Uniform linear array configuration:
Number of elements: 64
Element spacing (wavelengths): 0.25
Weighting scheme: uniform
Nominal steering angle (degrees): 30
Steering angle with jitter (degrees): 31.076
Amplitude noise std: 0.05
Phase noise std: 0.05

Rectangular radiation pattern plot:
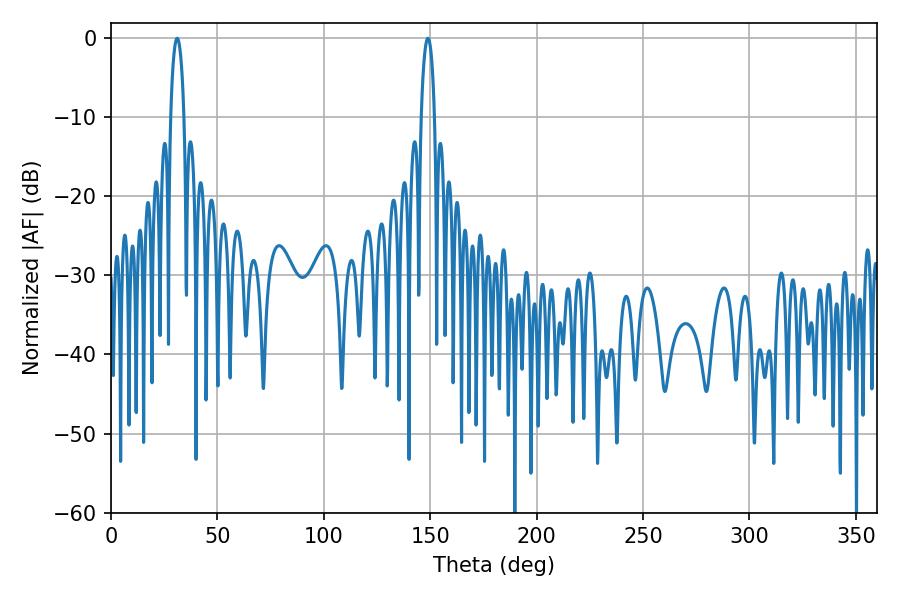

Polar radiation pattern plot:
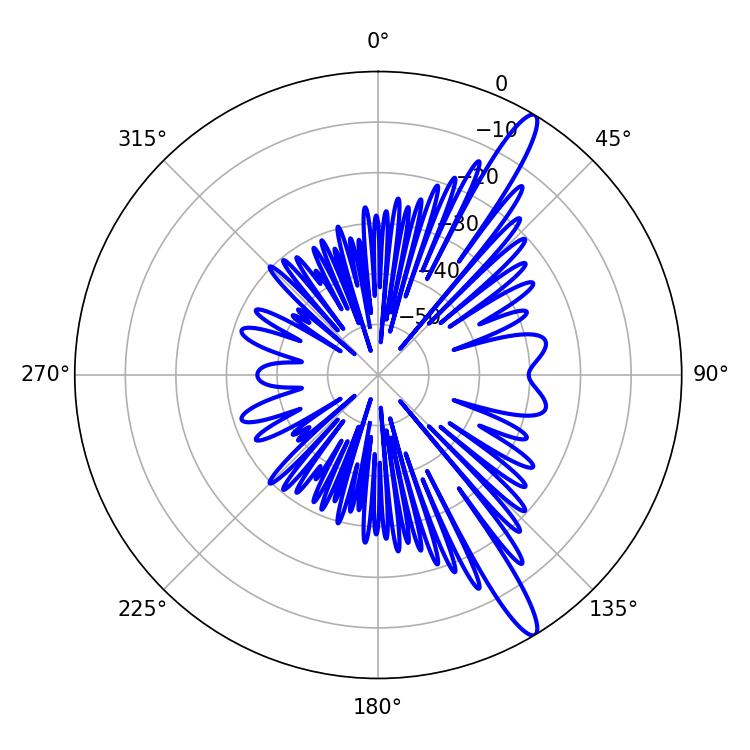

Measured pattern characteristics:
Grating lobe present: FALSE
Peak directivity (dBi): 14.227
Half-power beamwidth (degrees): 3.6
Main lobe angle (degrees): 31.14